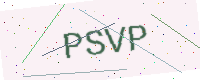
Text: PSVP